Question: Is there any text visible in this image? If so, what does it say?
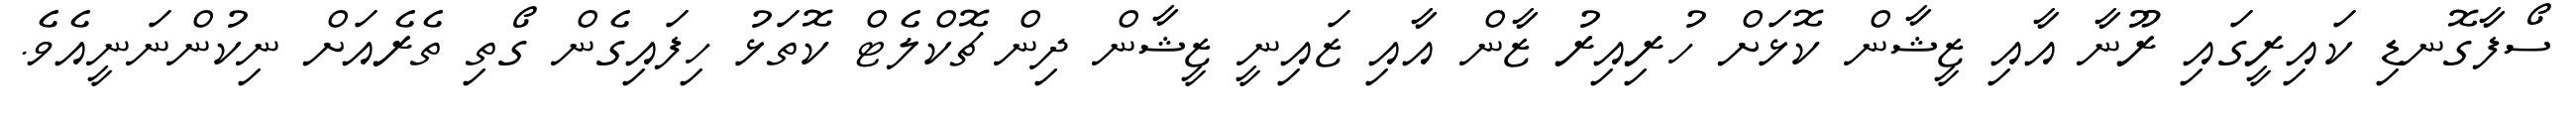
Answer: ސޯފާގޮނޑި ކައިރީގައި ރޫނާ އާއި ޒީޝާން ކޮޅަށް ހުރިއިރު ޒާން އާއި ޒައިނީ ޒީޝާން ދިން ޗޮކްލެޓް ކޮތަޅު ހިފައިގެން ގޯތި ތެރެއަށް ނިކުންނަނީއެވެ.